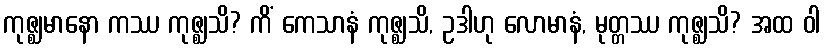
ကုဇ္ဈမာနော ကဿ ကုဇ္ဈသိ? ကိံ ကေသာနံ ကုဇ္ဈသိ, ဥဒါဟု လောမာနံ, မုတ္တဿ ကုဇ္ဈသိ? အထ ဝါ